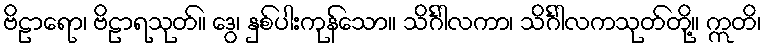
ဗိဠာရော၊ ဗိဠာရသုတ်။ ဒွေ၊ နှစ်ပါးကုန်သော။ သိင်္ဂါလကာ၊ သိင်္ဂါလကသုတ်တို့။ ဣတိ၊